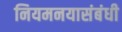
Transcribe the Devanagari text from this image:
नियमनयासंबंधी